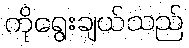
ကိုရွေးချယ်သည်